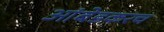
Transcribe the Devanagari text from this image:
आंबेडकरच